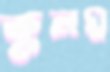
কুলঘ্ন